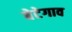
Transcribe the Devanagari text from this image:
बेटेगाव